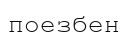
поезбен